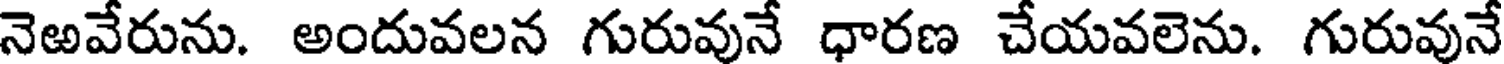
నెఱవేరును. అందువలన గురువునే ధారణ చేయవలెను. గురువునే